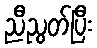
ညီညွတ်ပြီး